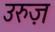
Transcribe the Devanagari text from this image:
उरुज़